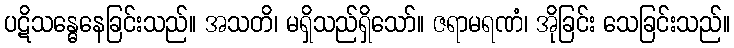
ပဋိသန္ဓေနေခြင်းသည်။ အသတိ၊ မရှိသည်ရှိသော်။ ဇရာမရဏံ၊ အိုခြင်း သေခြင်းသည်။